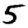
Digit: 5